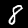
Digit: 8